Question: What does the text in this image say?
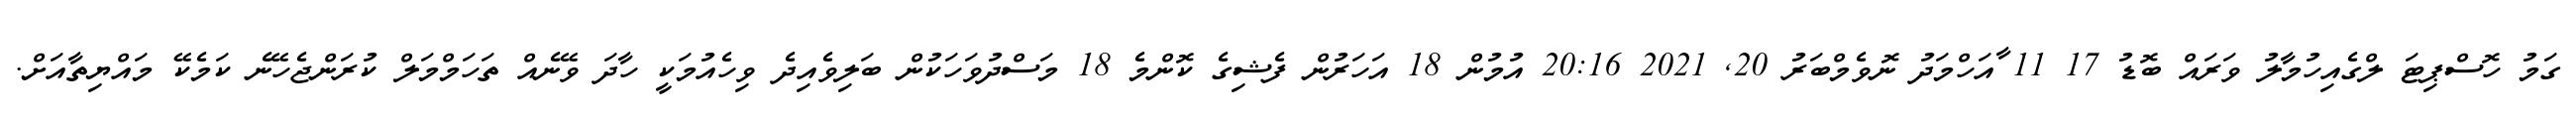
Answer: ގަމު ހޮސްޕިޓަ ލްގެއިހުމާލު ވަރައް ބޮޑު 17 11 ާއަހްމަދު ނޮވެމްބަރު 20, 2021 20:16 އުމުން 18 އަހަރުން ފެޝިގެ ކޮންމެ 18 މަސްދުވަހަކުން ބަލިވެއިދެ ވިހެއުމަކީ ހާދަ ވޭނެއް ތަހަމްމަލް ކުރަންޖެހޭނެ ކަމެކޭ މައްޔިތާއަށް.